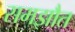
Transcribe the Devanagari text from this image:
समझौत